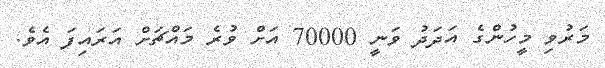
މަރުވި މީހުންގެ އަދަދު ވަނީ 70000 އަށް ވުރެ މައްޗަށް އަރައިފަ އެވެ.